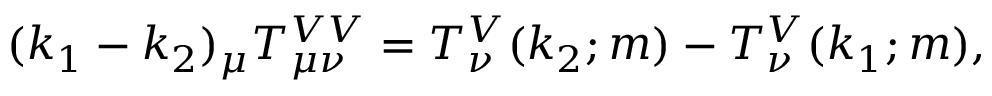
( k _ { 1 } - k _ { 2 } ) _ { \mu } T _ { \mu \nu } ^ { V V } = T _ { \nu } ^ { V } ( k _ { 2 } ; m ) - T _ { \nu } ^ { V } ( k _ { 1 } ; m ) ,